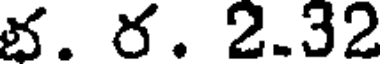
భ. ర. 2.32